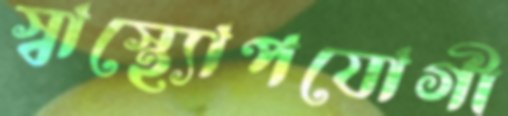
স্বাস্থ্যোপযোগী